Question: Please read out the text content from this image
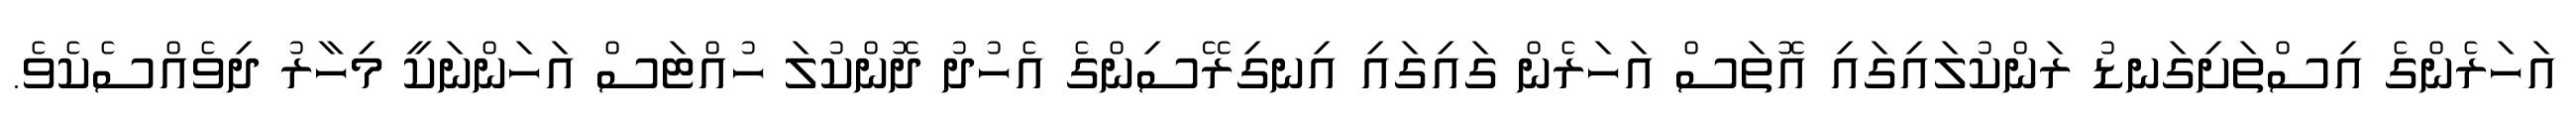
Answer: އަހަރެންގެ އިސްތަށިގަނޑު ރަންކުލައިގައި އޮތަސް އަހަރެން ގައިގައި އިނގިރޭސިންގެ އެހުދު ދޮންކުލަ ހުއްޓަސް އަހަންނަކީ މިހާރު ދިވެއްސެކެވެ.